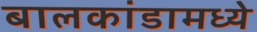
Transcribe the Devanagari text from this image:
बालकांडामध्ये